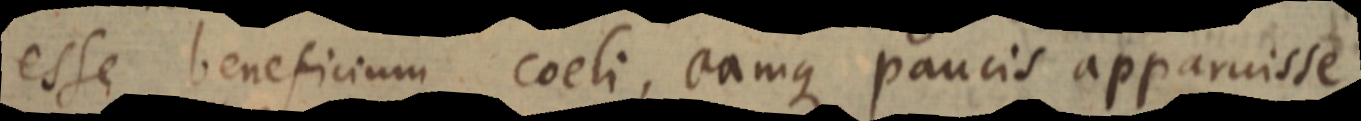
esse beneficium coeli, eamque paucis apparuisse